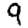
Digit: 9